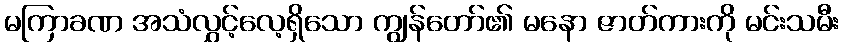
မကြာခဏ အသံလွှင့်လေ့ရှိသော ကျွန်တော်၏ မနော ဇာတ်ကားကို မင်းသမီး